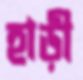
হাড়ী